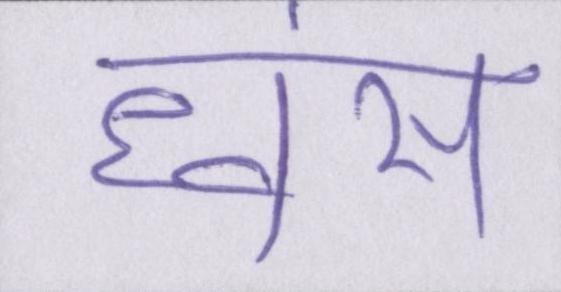
ध्वंस